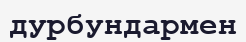
дурбундармен